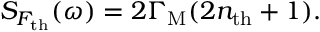
S _ { F _ { \mathrm { t h } } } ( \omega ) = 2 \Gamma _ { \mathrm { M } } ( 2 n _ { \mathrm { t h } } + 1 ) .